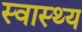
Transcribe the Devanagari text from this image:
स्‍वास्‍थ्य